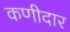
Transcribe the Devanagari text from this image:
कणीदार